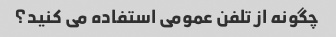
چگونه از تلفن عمومی استفاده می کنید؟